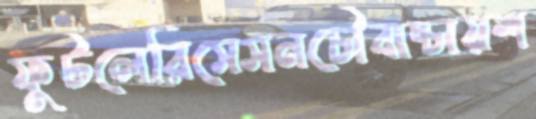
ফুটলেরিসেসনচৌবাচ্চায়শ